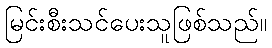
မြင်းစီးသင်ပေးသူဖြစ်သည်။